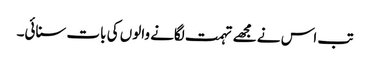
تب اس نے مجھے تہمت لگانے والوں کی بات سنائی۔